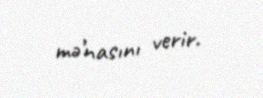
mə’nasını verir.